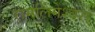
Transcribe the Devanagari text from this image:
रामलिंगेश्‍वरा